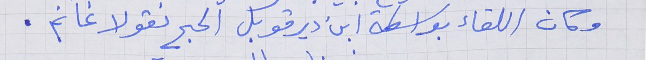
وكان اللقاء بواسطة ابن دير قوبل الحج نقولا غانم .